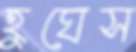
হুঘেস